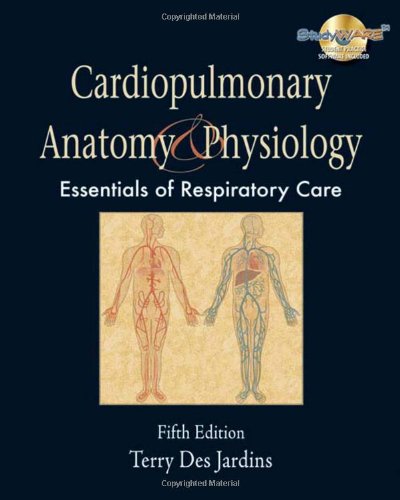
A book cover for Cardiopulmonary Anatomy & Physiology: Essentials for Respiratory Care, 5th Edition; Terry Des Jardins; Medical Books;